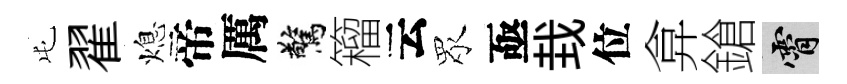
屯翟熄帝厲驚籕云眾亟㘽位弇鎗霄